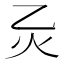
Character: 𪸍